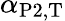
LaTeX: \alpha_{\mathrm{P2,T}}